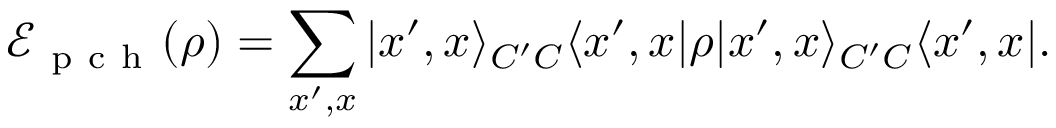
\mathcal { E } _ { \mathrm { ~ p ~ c ~ h ~ } } ( \rho ) = \sum _ { x ^ { \prime } , x } | x ^ { \prime } , x \rangle _ { C ^ { \prime } C } \langle x ^ { \prime } , x | \rho | x ^ { \prime } , x \rangle _ { C ^ { \prime } C } \langle x ^ { \prime } , x | .